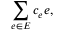
\sum _ { e \in E } c _ { e } e ,